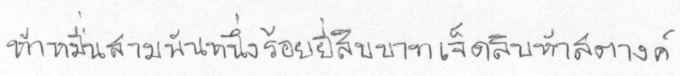
ห้าหมื่นสามพันหนึ่งร้อยยี่สิบบาทเจ็ดสิบห้าสตางค์